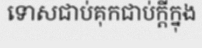
ទោសជាប់គុកជាប់ក្តីក្នុង